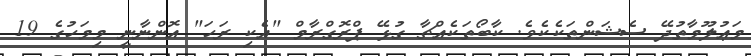
މަޢުލޫމާތުދޭ ސެޝަންތަކެކެވެ. ކާބޯތަކެއްޗާ ގުޅޭ ޕްރޮގްރާމް "އެކި ރަހަ" އޮންނާނީ މިމަހުގެ 19